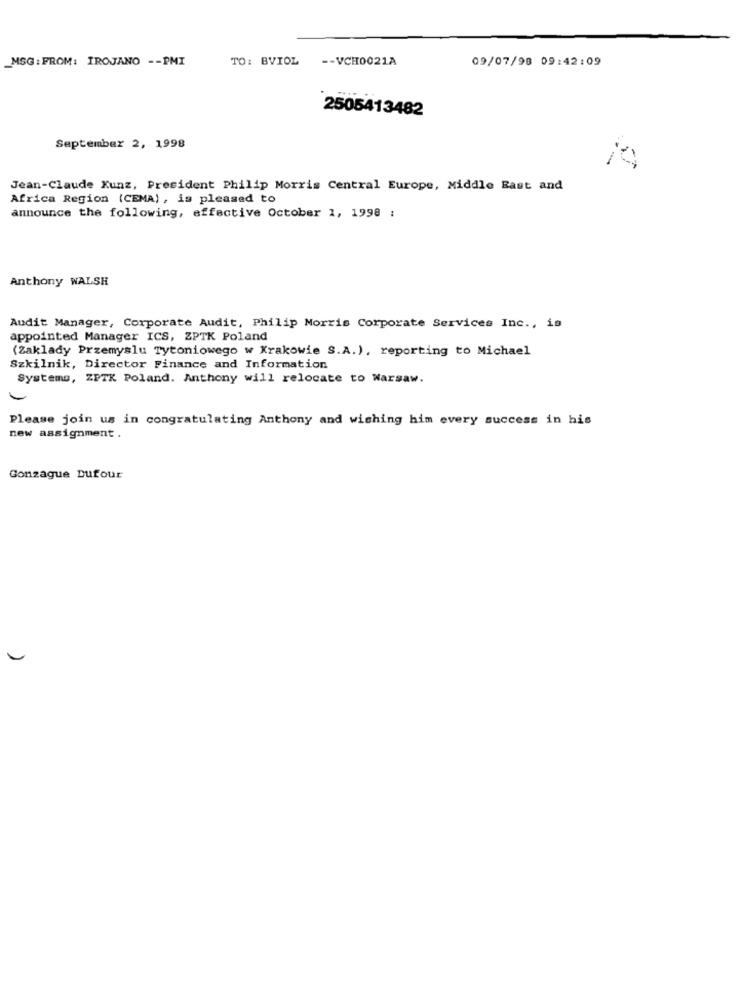
_MSG : FROM: IROJANO -- PMI
TO: BVIOL
-- VCH0021A
09/07/98 09:42:09
2505413482
September 2, 1998
Jean-Claude Kunz, President Philip Morris Central Europe, Middle East and
Africa Region (CEMA), is pleased to
announce the following, effective October 1, 1998 :
Anthony WALSH
Audit Manager, Corporate Audit, Philip Morris Corporate Services Inc ., is
appointed Manager ICS, ZPTK Poland
(Zaklady Przemyslu Tytoniowego w Krakowie S.A.), reporting to Michael
Szkilnik, Director Finance and Information
Systems, ZPTK Poland. Anthony will relocate to Warsaw.
Please join us in congratulating Anthony and wiching him every success in his
new assignment .
Gonzague Dufour